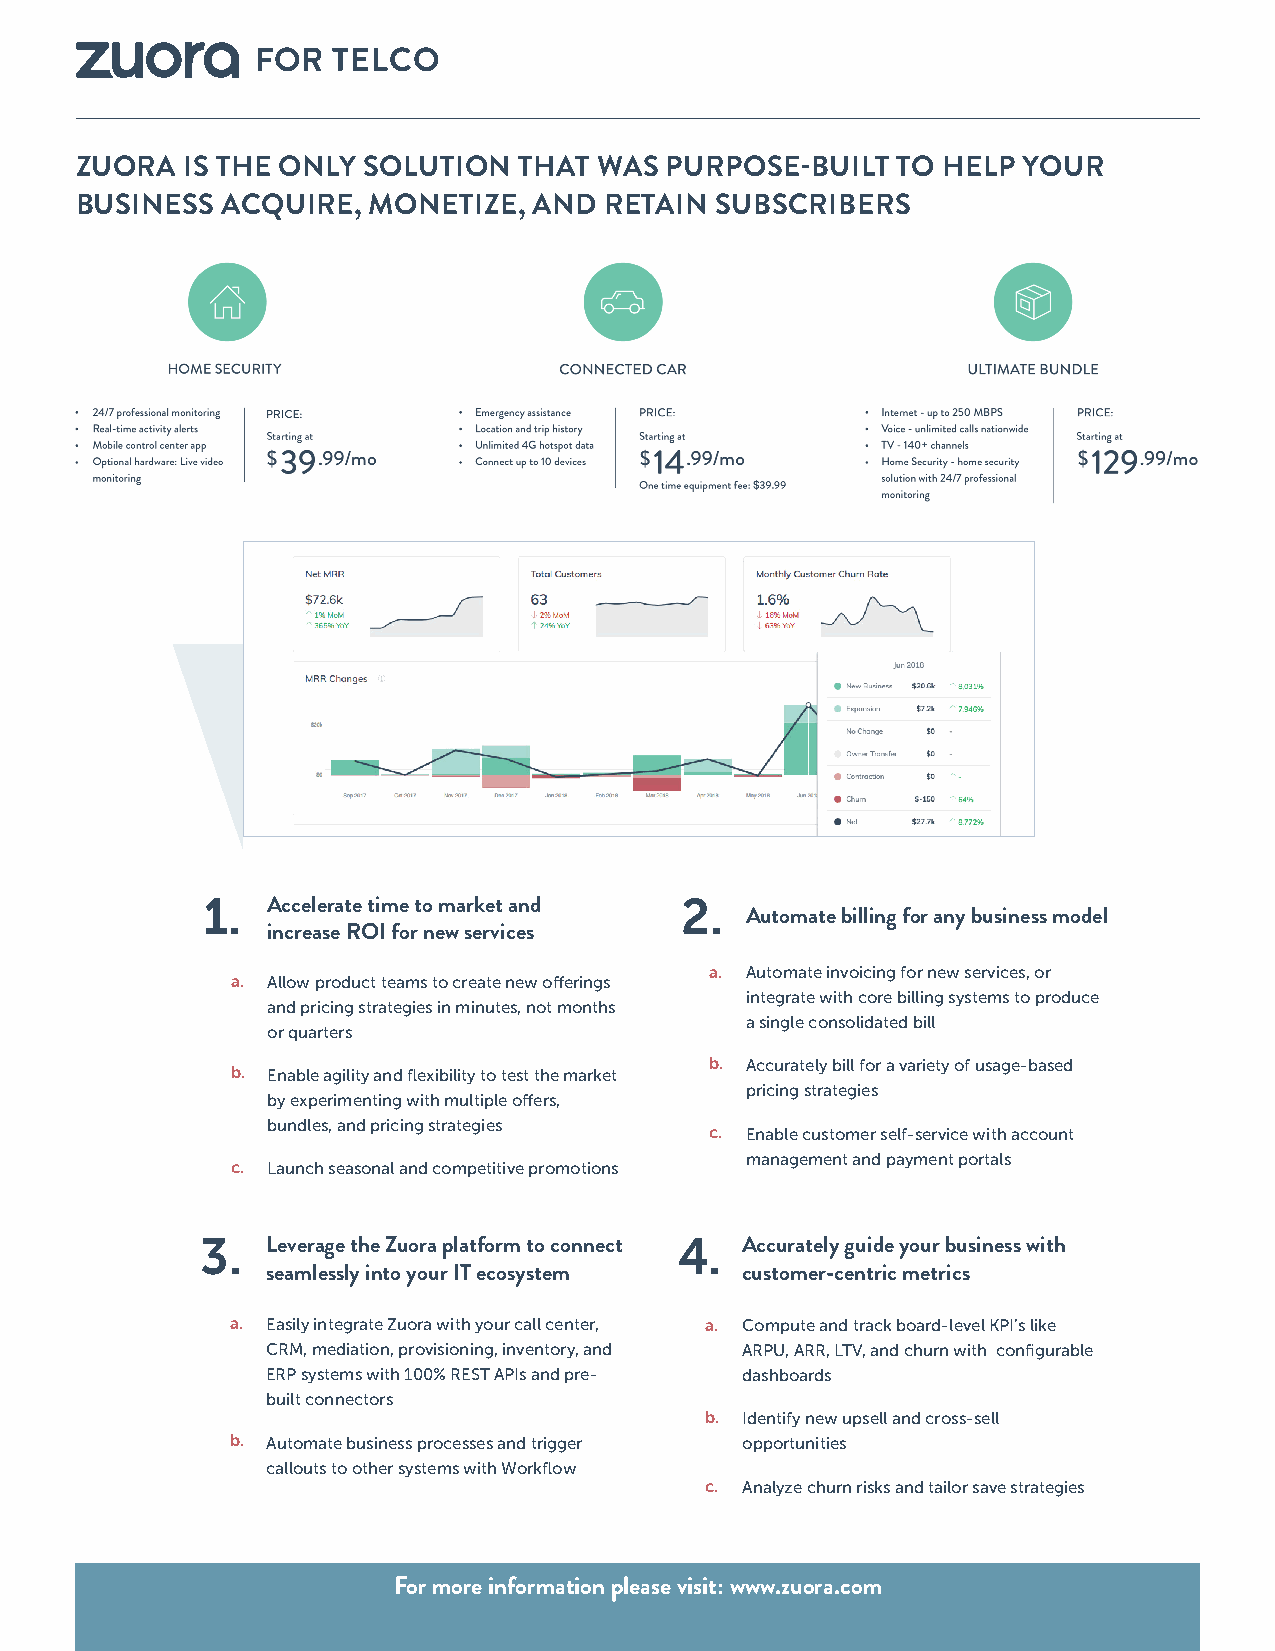
FOR  TELCO
 ZUORA  IS THE ONLY SOLUTION  THAT  WAS PURPOSE-BUILT  TO HELP  YOUR
 BUSINESS  ACQUIRE, MONETIZE,  AND  RETAIN SUBSCRIBERS
 1.   Accelerate time to market and 2.
 Automate billing for any business model
 increase ROI for new services
 a. Automate invoicing for new services, or
 a. Allow product teams to create new offerings
 integrate with core billing systems to produce
 and pricing strategies in minutes, not months
 a single consolidated bill
 or quarters
 b. Accurately bill for a variety of usage-based
 b. Enable agility and flexibility to test the market
 pricing strategies
 by experimenting with multiple offers,
 bundles, and pricing strategies
 c. Enable customer self-service with account
 management and payment portals
 c. Launch seasonal and competitive promotions
 3.   Leverage the Zuora platform to connect 4. Accurately guide your business with
 seamlessly into your IT ecosystem customer-centric metrics
 a. Easily integrate Zuora with your call center, a. Compute and track board-level KPI’s like
 CRM, mediation, provisioning, inventory, and ARPU, ARR, LTV, and churn with configurable
 ERP systems with 100% REST APIs and pre- dashboards
 built connectors
 b. Identify new upsell and cross-sell
 b. Automate business processes and trigger opportunities
 callouts to other systems with Workflow
 c. Analyze churn risks and tailor save strategies
 For more information please visit: www.zuora.com